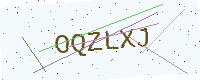
Text: OQZLXJ